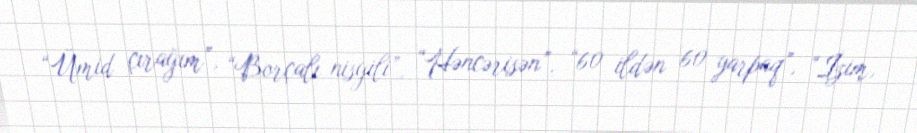
“Ümid çırağım”, “Borçalı nisgili”, “Həncərisən”, “60 ildən 60 yarpaq”, “İzim,